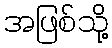
အဖြစ်သို့